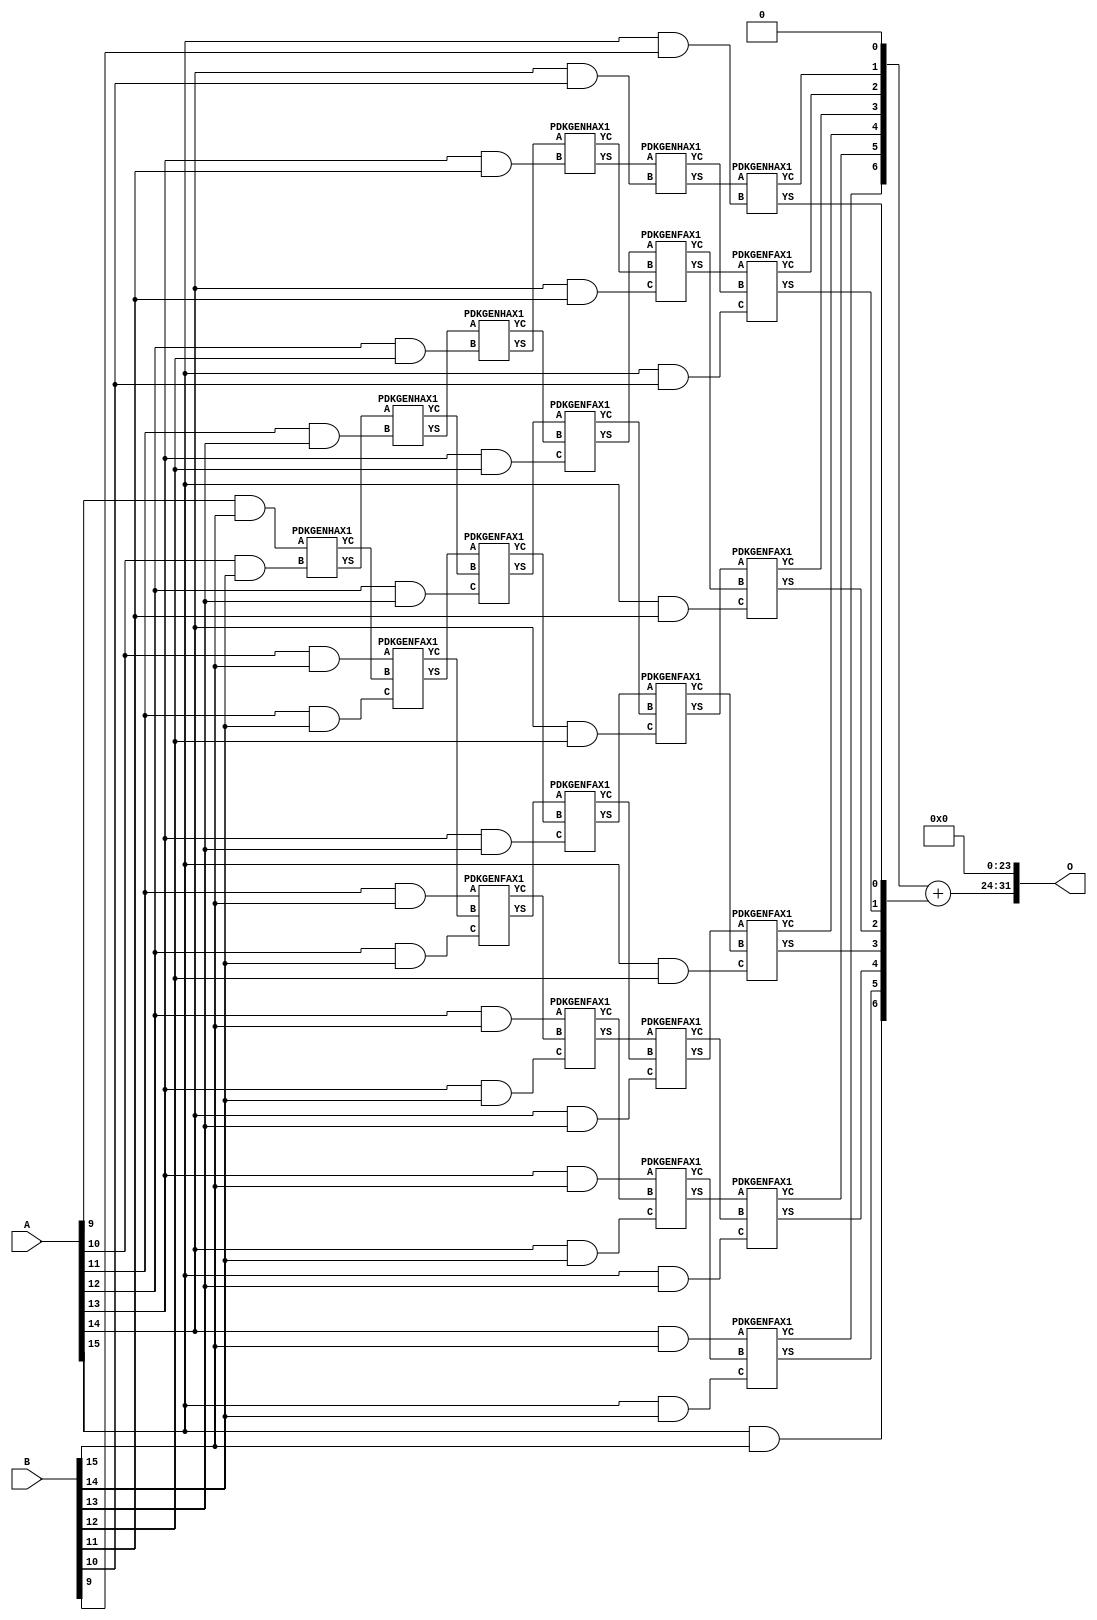
/***
* This code is a part of EvoApproxLib library (ehw.fit.vutbr.cz/approxlib) distributed under The MIT License.
* When used, please cite the following article(s): PRABAKARAN B. S., MRAZEK V., VASICEK Z., SEKANINA L., SHAFIQUE M. ApproxFPGAs: Embracing ASIC-based Approximate Arithmetic Components for FPGA-Based Systems. DAC 2020. 
***/
// MAE% = 0.88 %
// MAE = 37715968 
// WCE% = 3.51 %
// WCE = 150863873 
// WCRE% = 100.00 %
// EP% = 100.00 %
// MRE% = 11.81 %
// MSE = 17642.903e11 
// FPGA_POWER = 0.56
// FPGA_DELAY = 10
// FPGA_LUT = 26


module mul16u_G8D ( A, B, O );
  input [15:0] A;
  input [15:0] B;
  output [31:0] O;

  wire C_10_14,C_11_13,C_11_14,C_12_12,C_12_13,C_12_14,C_13_11,C_13_12,C_13_13,C_13_14,C_14_10,C_14_11,C_14_12,C_14_13,C_14_14,C_15_10,C_15_11,C_15_12,C_15_13,C_15_14,C_15_9,S_10_14,S_10_15,S_11_13,S_11_14,S_11_15,S_12_12,S_12_13,S_12_14,S_12_15,S_13_11,S_13_12,S_13_13,S_13_14,S_13_15,S_14_10,S_14_11,S_14_12,S_14_13,S_14_14,S_14_15,S_15_10,S_15_11,S_15_12,S_15_13,S_15_14,S_15_15,S_15_9,S_16_10,S_16_11,S_16_12,S_16_13,S_16_14,S_16_15,S_16_8,S_16_9,S_9_15;

  assign S_9_15 = (A[9] & B[15]);
  PDKGENHAX1 U394881 (.A(S_9_15), .B((A[10] & B[14])), .YS(S_10_14), .YC(C_10_14));
  assign S_10_15 = (A[10] & B[15]);
  PDKGENHAX1 U394896 (.A(S_10_14), .B((A[11] & B[13])), .YS(S_11_13), .YC(C_11_13));
  PDKGENFAX1 U394897 (.A(S_10_15), .B(C_10_14), .C((A[11] & B[14])), .YS(S_11_14), .YC(C_11_14));
  assign S_11_15 = (A[11] & B[15]);
  PDKGENHAX1 U394911 (.A(S_11_13), .B((A[12] & B[12])), .YS(S_12_12), .YC(C_12_12));
  PDKGENFAX1 U394912 (.A(S_11_14), .B(C_11_13), .C((A[12] & B[13])), .YS(S_12_13), .YC(C_12_13));
  PDKGENFAX1 U394913 (.A(S_11_15), .B(C_11_14), .C((A[12] & B[14])), .YS(S_12_14), .YC(C_12_14));
  assign S_12_15 = (A[12] & B[15]);
  PDKGENHAX1 U394926 (.A(S_12_12), .B((A[13] & B[11])), .YS(S_13_11), .YC(C_13_11));
  PDKGENFAX1 U394927 (.A(S_12_13), .B(C_12_12), .C((A[13] & B[12])), .YS(S_13_12), .YC(C_13_12));
  PDKGENFAX1 U394928 (.A(S_12_14), .B(C_12_13), .C((A[13] & B[13])), .YS(S_13_13), .YC(C_13_13));
  PDKGENFAX1 U394929 (.A(S_12_15), .B(C_12_14), .C((A[13] & B[14])), .YS(S_13_14), .YC(C_13_14));
  assign S_13_15 = (A[13] & B[15]);
  PDKGENHAX1 U394941 (.A(S_13_11), .B((A[14] & B[10])), .YS(S_14_10), .YC(C_14_10));
  PDKGENFAX1 U394942 (.A(S_13_12), .B(C_13_11), .C((A[14] & B[11])), .YS(S_14_11), .YC(C_14_11));
  PDKGENFAX1 U394943 (.A(S_13_13), .B(C_13_12), .C((A[14] & B[12])), .YS(S_14_12), .YC(C_14_12));
  PDKGENFAX1 U394944 (.A(S_13_14), .B(C_13_13), .C((A[14] & B[13])), .YS(S_14_13), .YC(C_14_13));
  PDKGENFAX1 U394945 (.A(S_13_15), .B(C_13_14), .C((A[14] & B[14])), .YS(S_14_14), .YC(C_14_14));
  assign S_14_15 = (A[14] & B[15]);
  PDKGENHAX1 U394956 (.A(S_14_10), .B((A[15] & B[9])), .YS(S_15_9), .YC(C_15_9));
  PDKGENFAX1 U394957 (.A(S_14_11), .B(C_14_10), .C((A[15] & B[10])), .YS(S_15_10), .YC(C_15_10));
  PDKGENFAX1 U394958 (.A(S_14_12), .B(C_14_11), .C((A[15] & B[11])), .YS(S_15_11), .YC(C_15_11));
  PDKGENFAX1 U394959 (.A(S_14_13), .B(C_14_12), .C((A[15] & B[12])), .YS(S_15_12), .YC(C_15_12));
  PDKGENFAX1 U394960 (.A(S_14_14), .B(C_14_13), .C((A[15] & B[13])), .YS(S_15_13), .YC(C_15_13));
  PDKGENFAX1 U394961 (.A(S_14_15), .B(C_14_14), .C((A[15] & B[14])), .YS(S_15_14), .YC(C_15_14));
  assign S_15_15 = (A[15] & B[15]);
  assign {S_16_15, S_16_14, S_16_13, S_16_12, S_16_11, S_16_10, S_16_9, S_16_8} = {C_15_14, C_15_13, C_15_12, C_15_11, C_15_10, C_15_9, 1'b0} + {S_15_15, S_15_14, S_15_13, S_15_12, S_15_11, S_15_10, S_15_9};
  assign O = {S_16_15,S_16_14,S_16_13,S_16_12,S_16_11,S_16_10,S_16_9,S_16_8,1'b0,1'b0,1'b0,1'b0,1'b0,1'b0,1'b0,1'b0,1'b0,1'b0,1'b0,1'b0,1'b0,1'b0,1'b0,1'b0,1'b0,1'b0,1'b0,1'b0,1'b0,1'b0,1'b0,1'b0};

endmodule

/* mod */
module PDKGENFAX1( input A, input B, input C, output YS, output YC );
    assign YS = (A ^ B) ^ C;
    assign YC = (A & B) | (B & C) | (A & C);
endmodule
/* mod */
module PDKGENHAX1( input A, input B, output YS, output YC );
    assign YS = A ^ B;
    assign YC = A & B;
endmodule